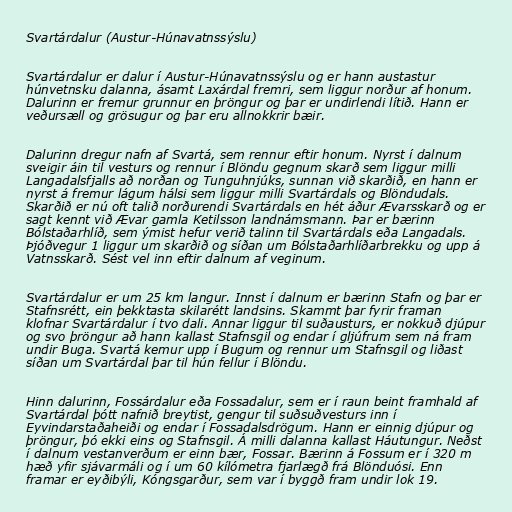
Svartárdalur (Austur-Húnavatnssýslu)

Svartárdalur er dalur í Austur-Húnavatnssýslu og er hann austastur
húnvetnsku dalanna, ásamt Laxárdal fremri, sem liggur norður af honum.
Dalurinn er fremur grunnur en þröngur og þar er undirlendi lítið. Hann er
veðursæll og grösugur og þar eru allnokkrir bæir.

Dalurinn dregur nafn af Svartá, sem rennur eftir honum. Nyrst í dalnum
sveigir áin til vesturs og rennur í Blöndu gegnum skarð sem liggur milli
Langadalsfjalls að norðan og Tunguhnjúks, sunnan við skarðið, en hann er
nyrst á fremur lágum hálsi sem liggur milli Svartárdals og Blöndudals.
Skarðið er nú oft talið norðurendi Svartárdals en hét áður Ævarsskarð og er
sagt kennt við Ævar gamla Ketilsson landnámsmann. Þar er bærinn
Bólstaðarhlíð, sem ýmist hefur verið talinn til Svartárdals eða Langadals.
Þjóðvegur 1 liggur um skarðið og síðan um Bólstaðarhlíðarbrekku og upp á
Vatnsskarð. Sést vel inn eftir dalnum af veginum.

Svartárdalur er um 25 km langur. Innst í dalnum er bærinn Stafn og þar er
Stafnsrétt, ein þekktasta skilarétt landsins. Skammt þar fyrir framan
klofnar Svartárdalur í tvo dali. Annar liggur til suðausturs, er nokkuð djúpur
og svo þröngur að hann kallast Stafnsgil og endar í gljúfrum sem ná fram
undir Buga. Svartá kemur upp í Bugum og rennur um Stafnsgil og liðast
síðan um Svartárdal þar til hún fellur í Blöndu.

Hinn dalurinn, Fossárdalur eða Fossadalur, sem er í raun beint framhald af
Svartárdal þótt nafnið breytist, gengur til suðsuðvesturs inn í
Eyvindarstaðaheiði og endar í Fossadalsdrögum. Hann er einnig djúpur og
þröngur, þó ekki eins og Stafnsgil. Á milli dalanna kallast Háutungur. Neðst
í dalnum vestanverðum er einn bær, Fossar. Bærinn á Fossum er í 320 m
hæð yfir sjávarmáli og í um 60 kílómetra fjarlægð frá Blönduósi. Enn
framar er eyðibýli, Kóngsgarður, sem var í byggð fram undir lok 19.